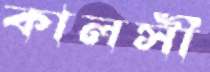
কালসী